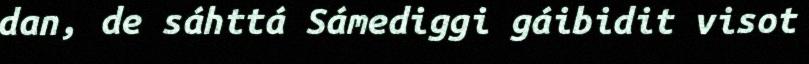
dan, de sáhttá Sámediggi gáibidit visot